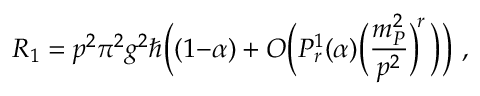
R _ { 1 } = p ^ { 2 } \pi ^ { 2 } g ^ { 2 } \hbar \Big ( ( 1 { - } \alpha ) + O \Big ( P _ { r } ^ { 1 } ( \alpha ) \Big ( \frac { m _ { P } ^ { 2 } } { p ^ { 2 } } \Big ) ^ { \! r } \, \Big ) \Big ) ~ ,